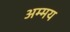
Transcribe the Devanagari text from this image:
अम्मय